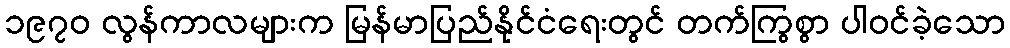
၁၉၇၀ လွန်ကာလများက မြန်မာပြည်နိုင်ငံရေးတွင် တက်ကြွစွာ ပါဝင်ခဲ့သော